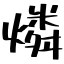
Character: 燐